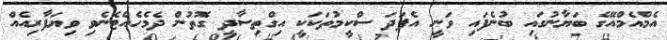
އެމްއެމްއޭގެ ބަޔާނުގައި ބުނެފައި ވަނީ އެފަދަ ސްކީމުތަކަކީ އިގްތިސާދީ ގޮތުން ދެމެހެއްޓެނެވި ވިޔަފާރިއެއް